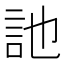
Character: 訑